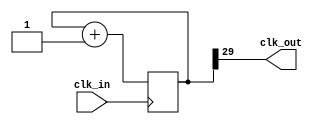
module prescaler(input wire clk_in, output wire clk_out);
  parameter BITS = 30;

  reg [BITS-1:0] count = 0;

  assign clk_out = count[BITS-1];

  always @ ( posedge(clk_in) ) begin
    count <= count + 1;
  end
endmodule